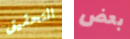
التحقيق بعض